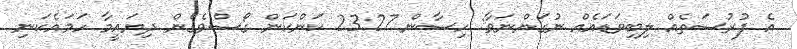
އެ ފުރުސަތެއް ލިބިވަޑައެއް ނުގަންނަވާ: ހިސާން 23:27 ކަންކަން ގޯސްވެގެން ދިޔައީމާ ހަމައެކަނި